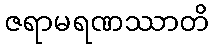
ဇရာမရဏဿာတိ